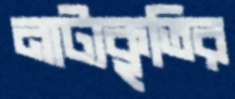
নাট্যকৃতির